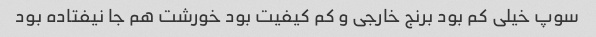
سوپ خیلی کم بود برنج خارجی و کم کیفیت بود خورشت هم جا نیفتاده بود